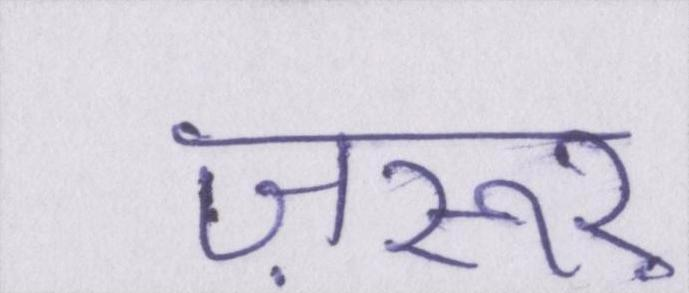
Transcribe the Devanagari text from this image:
ज़रूर